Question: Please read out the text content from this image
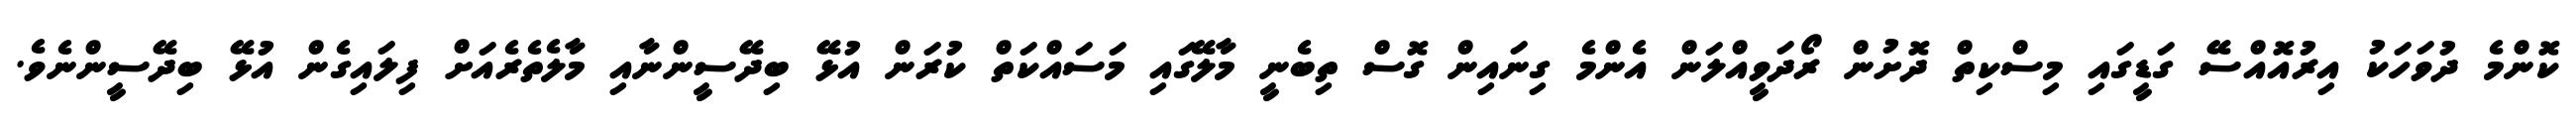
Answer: ކޮންމެ ދުވަހަކު އިރުއޮއްސޭ ގަޑީގައި މިސްކިތް ދޮށުން ރޯދަވީއްލަން އެންމެ ގިނައިން ގޮސް ތިބެނީ މާލޭގައި މަސައްކަތް ކުރަން އުޅޭ ބިދޭސީންނާއި މާލެތެރެއަށް ފިލައިގެން އުޅޭ ބިދޭސީންނެވެ.